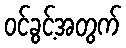
ဝင်ခွင့်အတွက်